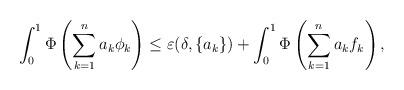
LaTeX: \begin{align*}\int_0^1\Phi\left(\sum_{k=1}^na_k\phi_k\right)\le \varepsilon(\delta, \{a_k\}) +\int_0^1\Phi\left(\sum_{k=1}^na_kf_k\right),\end{align*}